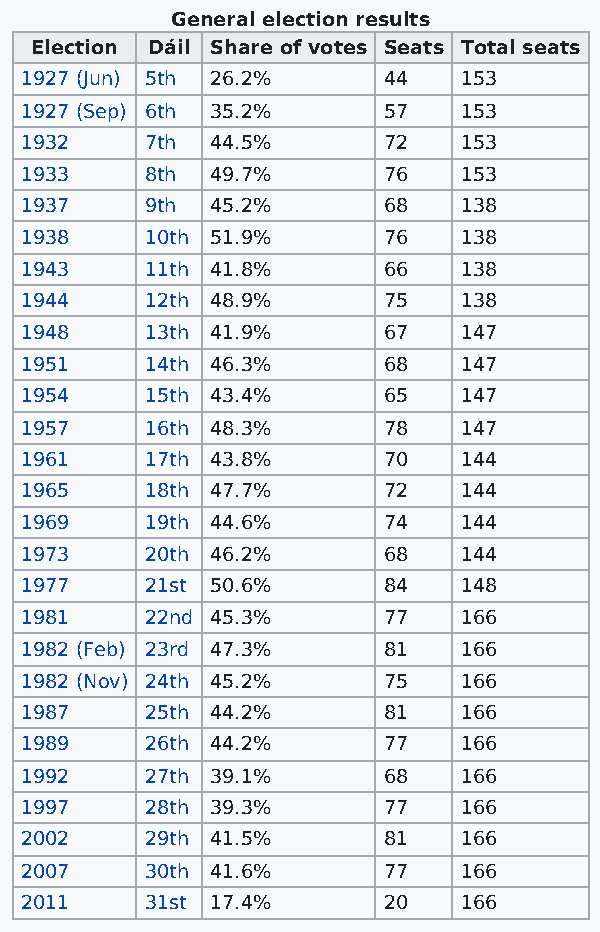
General election results
 Election Dáil Share of votes Seats Total seats
 1927 (Jun) 5th 26.2%    44   153
 1927 (Sep) 6th 35.2%    57   153
 1932     7th 44.5%      72   153
 1933     8th 49.7%      76   153
 1937     9th 45.2%      68   138
 1938     10th 51.9%     76   138
 1943     11th 41.8%     66   138
 1944     12th 48.9%     75   138
 1948     13th 41.9%     67   147
 1951     14th 46.3%     68   147
 1954     15th 43.4%     65   147
 1957     16th 48.3%     78   147
 1961     17th 43.8%     70   144
 1965     18th 47.7%     72   144
 1969     19th 44.6%     74   144
 1973     20th 46.2%     68   144
 1977     21st 50.6%     84   148
 1981     22nd 45.3%     77   166
 1982 (Feb) 23rd 47.3%   81   166
 1982 (Nov) 24th 45.2%   75   166
 1987     25th 44.2%     81   166
 1989     26th 44.2%     77   166
 1992     27th 39.1%     68   166
 1997     28th 39.3%     77   166
 2002     29th 41.5%     81   166
 2007     30th 41.6%     77   166
 2011     31st 17.4%     20   166